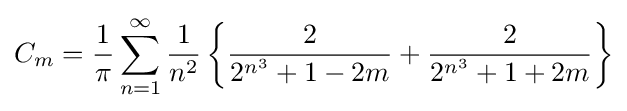
C_{m}={\frac {1}{\pi }}\sum _{n=1}^{\infty }{\frac {1}{n^{2}}}\left\{{\frac {2}{2^{n^{3}}+1-2m}}+{\frac {2}{2^{n^{3}}+1+2m}}\right\}